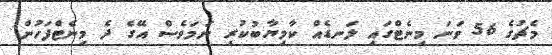
މެޗުގެ 56 ވަނަ މިނެޓްގައި ލަނޑެއް ކާމިޔާބުކުރި ނަމަވެސް އޭގެ ދެ މިނެޓްފަހުން